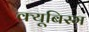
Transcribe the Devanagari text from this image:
क्यूबिस्म